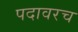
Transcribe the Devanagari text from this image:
पदावरच